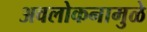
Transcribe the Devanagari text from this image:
अवलोकनामुळे